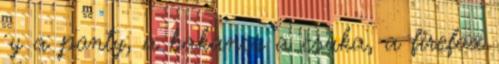
·y a ponty, a bakancs a csuka, a firefox